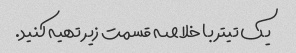
یک تیتر با خلاصه قسمت زیر تهیه کنید.